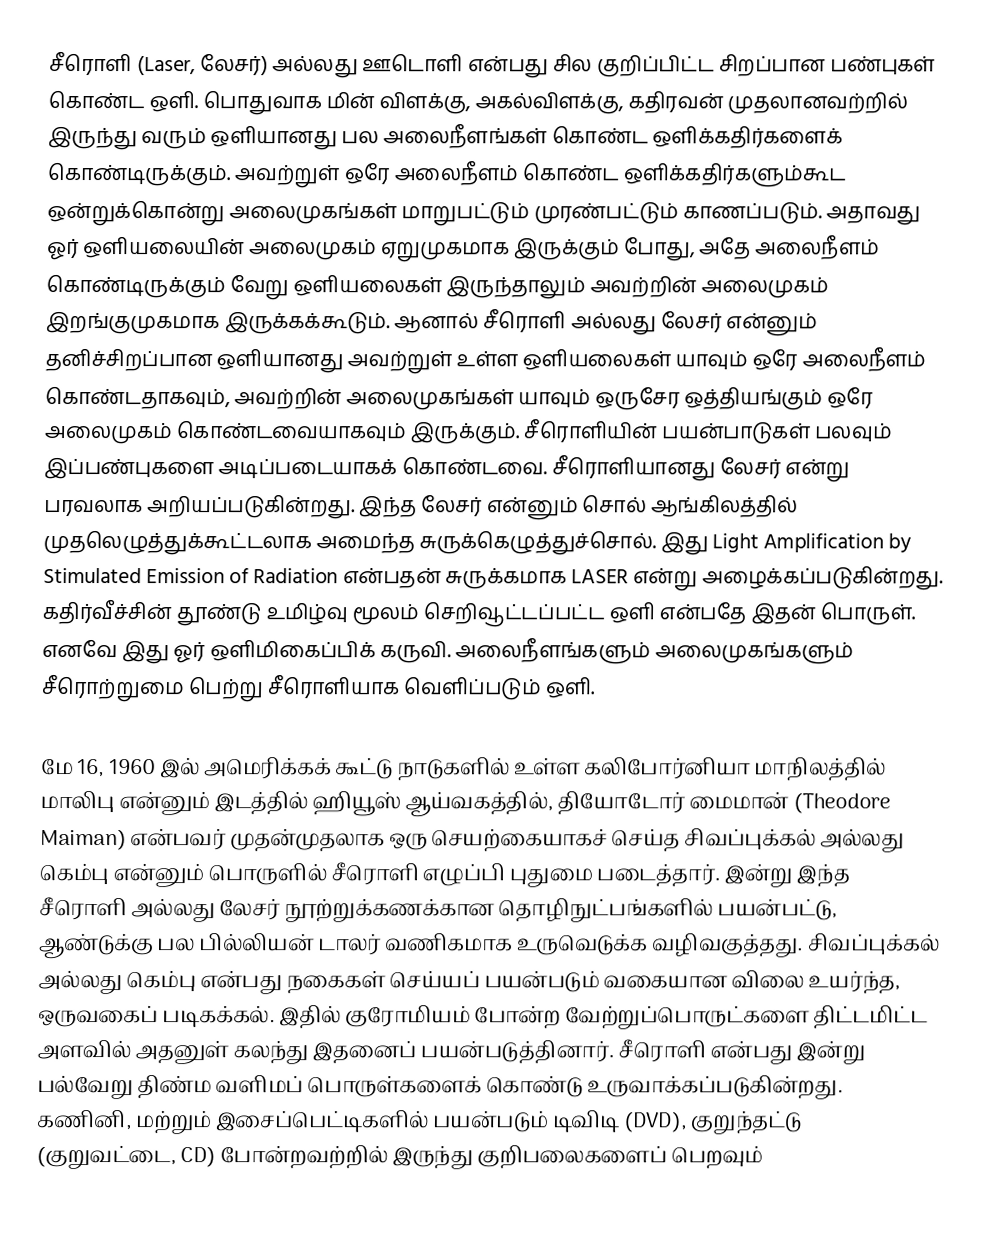
சீரொளி (Laser, லேசர்) அல்லது ஊடொளி என்பது சில குறிப்பிட்ட சிறப்பான பண்புகள் கொண்ட ஒளி. பொதுவாக மின் விளக்கு, அகல்விளக்கு, கதிரவன் முதலானவற்றில் இருந்து வரும் ஒளியானது பல அலைநீளங்கள் கொண்ட ஒளிக்கதிர்களைக் கொண்டிருக்கும். அவற்றுள் ஒரே அலைநீளம் கொண்ட ஒளிக்கதிர்களும்கூட ஒன்றுக்கொன்று அலைமுகங்கள் மாறுபட்டும் முரண்பட்டும் காணப்படும். அதாவது ஓர் ஒளியலையின் அலைமுகம் ஏறுமுகமாக இருக்கும் போது, அதே அலைநீளம் கொண்டிருக்கும் வேறு ஒளியலைகள் இருந்தாலும் அவற்றின் அலைமுகம் இறங்குமுகமாக இருக்கக்கூடும். ஆனால் சீரொளி அல்லது லேசர் என்னும் தனிச்சிறப்பான ஒளியானது அவற்றுள் உள்ள ஒளியலைகள் யாவும் ஒரே அலைநீளம் கொண்டதாகவும், அவற்றின் அலைமுகங்கள் யாவும் ஒருசேர ஒத்தியங்கும் ஒரே அலைமுகம் கொண்டவையாகவும் இருக்கும். சீரொளியின் பயன்பாடுகள் பலவும் இப்பண்புகளை அடிப்படையாகக் கொண்டவை. சீரொளியானது லேசர் என்று பரவலாக அறியப்படுகின்றது. இந்த லேசர் என்னும் சொல் ஆங்கிலத்தில் முதலெழுத்துக்கூட்டலாக அமைந்த சுருக்கெழுத்துச்சொல். இது Light Amplification by Stimulated Emission of Radiation என்பதன் சுருக்கமாக LASER என்று அழைக்கப்படுகின்றது. கதிர்வீச்சின் தூண்டு உமிழ்வு மூலம் செறிவூட்டப்பட்ட ஒளி என்பதே இதன் பொருள். எனவே இது ஓர் ஒளிமிகைப்பிக் கருவி. அலைநீளங்களும் அலைமுகங்களும்  சீரொற்றுமை பெற்று சீரொளியாக வெளிப்படும் ஒளி.

மே 16, 1960 இல் அமெரிக்கக் கூட்டு நாடுகளில் உள்ள கலிபோர்னியா மாநிலத்தில் மாலிபு என்னும் இடத்தில் ஹியூஸ் ஆய்வகத்தில்,  தியோடோர் மைமான் (Theodore Maiman) என்பவர் முதன்முதலாக ஒரு செயற்கையாகச் செய்த சிவப்புக்கல் அல்லது கெம்பு என்னும் பொருளில் சீரொளி எழுப்பி புதுமை படைத்தார். இன்று இந்த சீரொளி அல்லது லேசர் நூற்றுக்கணக்கான தொழிநுட்பங்களில் பயன்பட்டு, ஆண்டுக்கு பல பில்லியன் டாலர் வணிகமாக உருவெடுக்க வழிவகுத்தது. சிவப்புக்கல் அல்லது கெம்பு என்பது நகைகள் செய்யப் பயன்படும் வகையான விலை உயர்ந்த, ஒருவகைப் படிகக்கல். இதில் குரோமியம் போன்ற வேற்றுப்பொருட்களை திட்டமிட்ட அளவில் அதனுள் கலந்து இதனைப் பயன்படுத்தினார். சீரொளி என்பது இன்று பல்வேறு திண்ம வளிமப் பொருள்களைக் கொண்டு உருவாக்கப்படுகின்றது. கணினி, மற்றும் இசைப்பெட்டிகளில் பயன்படும் டிவிடி (DVD), குறுந்தட்டு (குறுவட்டை, CD) போன்றவற்றில் இருந்து குறிபலைகளைப் பெறவும்